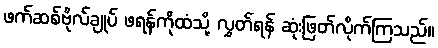
ဖက်ဆစ်ဗိုလ်ချုပ် ဖရန်ကိုထံသို့ လွှတ်ရန် ဆုံးဖြတ်လိုက်ကြသည်။